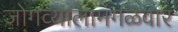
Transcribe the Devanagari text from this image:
जोगव्यालामंगळवार